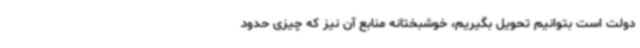
دولت است بتوانیم تحویل بگیریم، خوشبختانه منابع آن نیز که چیزی حدود